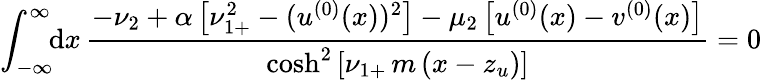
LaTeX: \int_{-\infty}^{\infty}\! \! \mathrm{d}x\, \frac{-\nu_{2}+\alpha\left[\nu_{1+}^{2}-(u^{(0)}(x))^{2}\right]-\mu_{2}\left[u^{(0)}(x)-v^{(0)}(x)\right]}{\cosh^{2}\left[\nu_{1+}\, m\, (x-z_{u})\right]}=0